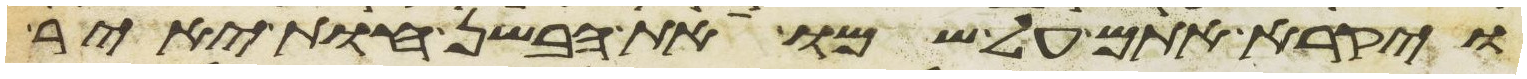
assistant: ויקרא אתם על שמו את הבשן חות יאיר